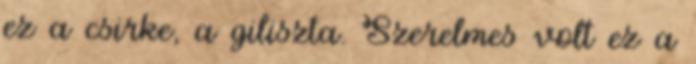
ez a csirke, a giliszta. Szerelmes volt ez a